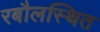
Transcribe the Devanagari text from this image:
रबौलस्थित